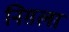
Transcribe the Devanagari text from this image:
निग़ला